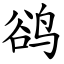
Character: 鹆